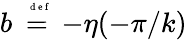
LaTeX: b\stackrel{\mathrm{~\tiny~{~d~e~f~}~}}{=}-\eta(-\pi/k)